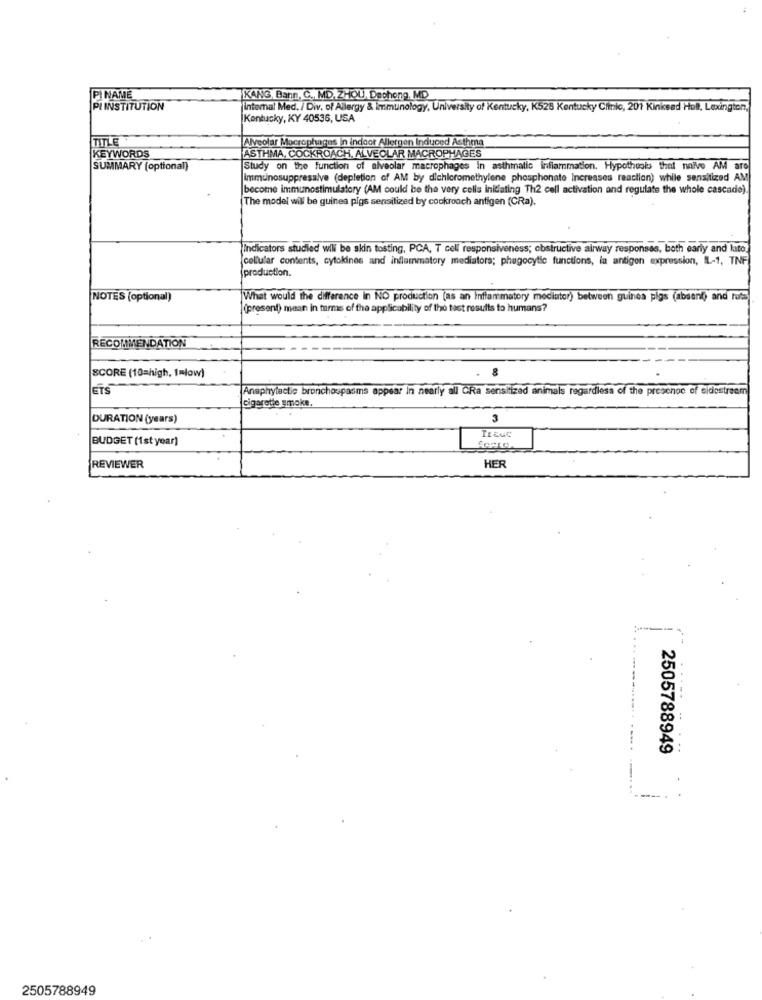
PI NAME
KANG, Banın, C ., MD, ZHOU, Dephong, MD_
PI INSTITUTION
jIntomal Med. / Div, of Allergy & immunology, University of Kentucky, K528 Kentucky Clinic, 201 Kinksad Hull, Lexington,
Kentucky, KY 40536, USA
TITLE
Alveolar Macrophages in indoor Allergen Induced Asthmna
KEYWORDS
ASTHMA, COCKROACH, ALVEOLAR MACROPHAGES
SUMMARY (optional)
Study on the function of alveolar macrophages in asthmatic inflammation. Hypothusis thel nnive AM are
Immunosuppressive (depletion of AM by dichicromethylene phosphonate Increases reaction) while sensitized AM
become immunostimulatory (AM could be the very cells initiating Th2 cell activation and regulate the whole cascade).
The model will be guinea pigs sensitized by cockroach antigen (CRa).
Indicators studied will be skin tosting, PCA, T cell responsiveness; obstructive airway responses, both early and lato.
cellular contents, cytokines and inflammatory mediators; phugocytic functions, la antigen expression, IL-1, TNF
production.
NOTES (optional)
What would the difference in NO production (as an Inflammatory mediator) between guinea pigs (absent) and rots
(prosent) mean in terms of the applicability of the test results to humans?
RECOMMENDATION
SCORE (10=high, tmlow)
8
ETS
Anaphylactic bronchospasms appear In nearly all CRa sensitized animals regardless of the preschoc of sidestream
cigarette smoke.
DURATION (years)
3
BUDGET (1st year)
TEEUC
REVIEWER
HER
2505788949
2505788949